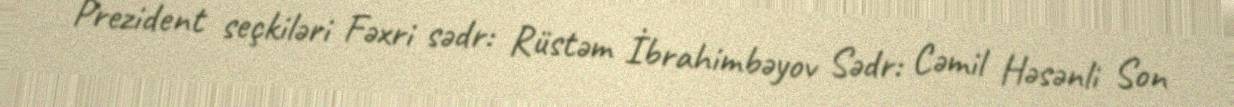
Prezident seçkiləri Fəxri sədr: Rüstəm İbrahimbəyov Sədr: Cəmil Həsənli Son